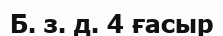
Б. з. д. 4 ғасыр